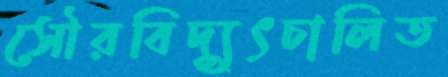
সৌরবিদ্যুৎচালিত